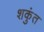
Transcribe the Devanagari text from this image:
शकुंत